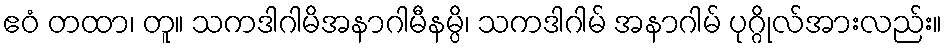
ဧဝံ တထာ၊ တူ။ သကဒါဂါမိအနာဂါမီနမ္ပိ၊ သကဒါဂါမ် အနာဂါမ် ပုဂ္ဂိုလ်အားလည်း။